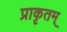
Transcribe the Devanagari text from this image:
प्राकृतम्